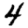
Digit: 4